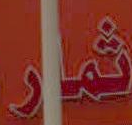
ثمار